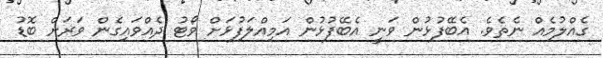
ގެއްލުމެއް ނެތެވެ. އެބޭފުޅުން ވަނީ އެބޭފުޅުން އަމިއްލަފުޅަށް ވޯޓު ދެއްވައިގެން ވަރަށް ބޮޑު